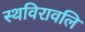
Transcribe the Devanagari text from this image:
स्थविरावलि